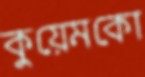
কুয়েমকো